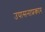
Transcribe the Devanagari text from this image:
उपासनाप्रकार